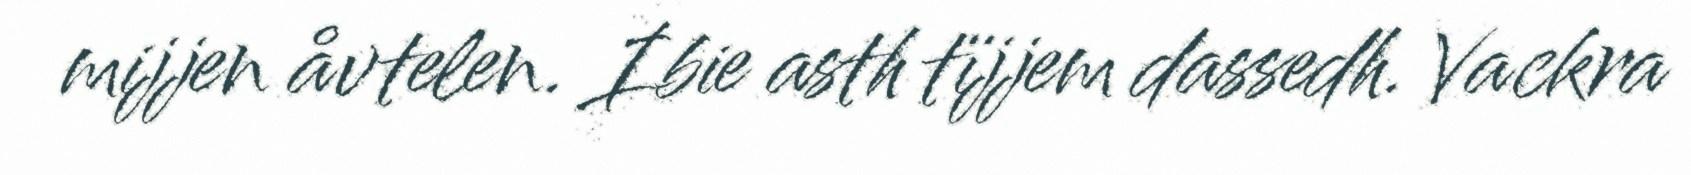
mijjen åvtelen. Ibie asth tïjjem dassedh. Vackra